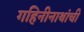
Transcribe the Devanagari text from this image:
गहिनीनाथांची